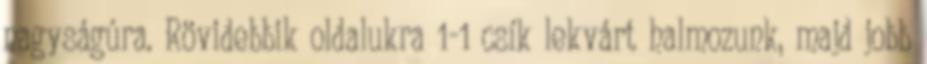
nagyságúra. Rövidebbik oldalukra 1-1 csík lekvárt halmozunk, majd jobb